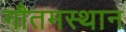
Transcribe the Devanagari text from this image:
गौतमस्थान